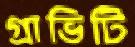
গ্রাভিটি